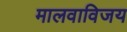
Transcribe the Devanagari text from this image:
मालवाविजय